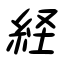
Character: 経